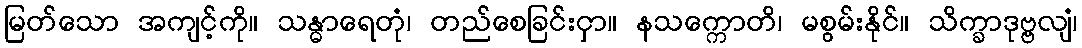
မြတ်သော အကျင့်ကို။ သန္ဓာရေတုံ၊ တည်စေခြင်းငှာ။ နသက္ကောတိ၊ မစွမ်းနိုင်။ သိက္ခာဒုဗ္ဗလျံ၊